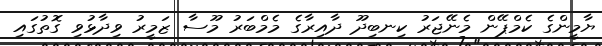
ޔާމީންގެ ކެމްޕޭން މެނޭޖަރު ކިނބިދޫ ދާއިރާގެ މެމްބަރު މޫސާ ޒަމީރު ވިދާޅުވި ގޮތުގައި